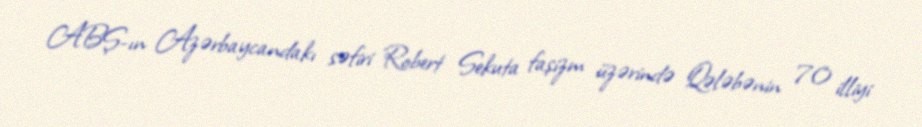
ABŞ-ın Azərbaycandakı səfiri Robert Sekuta faşizm üzərində Qələbənin 70 illiyi